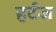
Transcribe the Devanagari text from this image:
हर्टज